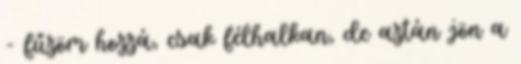
- fűzöm hozzá, csak félhalkan, de aztán jön a